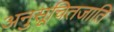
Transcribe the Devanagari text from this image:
अनुसूचितजाति